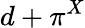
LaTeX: d+\pi^{X}